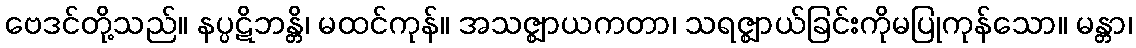
ဗေဒင်တို့သည်။ နပ္ပဋိဘန္တိ၊ မထင်ကုန်။ အသဇ္ဈာယကတာ၊ သရဇ္ဈာယ်ခြင်းကိုမပြုကုန်သော။ မန္တာ၊